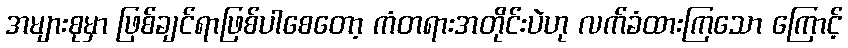
အများစုမှာ ဖြစ်ချင်ရာဖြစ်ပါစေတော့ ကံတရားအတိုင်းပဲဟု လက်ခံထားကြသော ကြောင့်